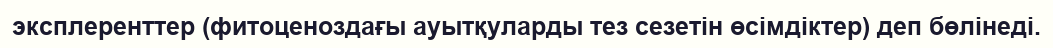
эксплеренттер (фитоценоздағы ауытқуларды тез сезетін өсімдіктер) деп бөлінеді.